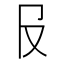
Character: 𠬝